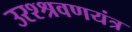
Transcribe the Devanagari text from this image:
उरश्श्रवणयंत्र